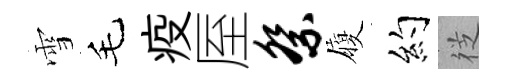
雪毛疫厔祭履约徔